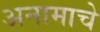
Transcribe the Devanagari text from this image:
अनामाचे